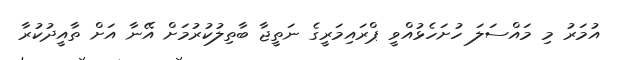
އުމަރު މި މައްސަލަ ހުށަހެޅުއްވީ ޕްރައިމަރީގެ ނަތީޖާ ބާތިލުކުރުމަށް އޭނާ އަށް ތާއީދުކުރާ